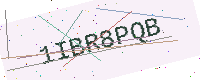
Text: 1IBR8PQB